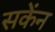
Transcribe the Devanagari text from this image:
सकेंन